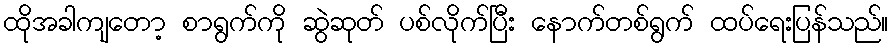
ထိုအခါကျတော့ စာရွက်ကို ဆွဲဆုတ် ပစ်လိုက်ပြီး နောက်တစ်ရွက် ထပ်ရေးပြန်သည်။